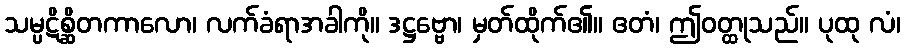
သမ္ပဋိစ္ဆိတကာလော၊ လက်ခံရာအခါကို။ ဒဋ္ဌဗ္ဗော၊ မှတ်ထိုက်၏။ ဧတံ၊ ဤဝတ္ထုသည်။ ပုထု လံ၊